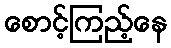
စောင့်ကြည့်နေ